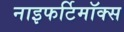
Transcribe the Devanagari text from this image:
नाइफर्टिमॉक्स